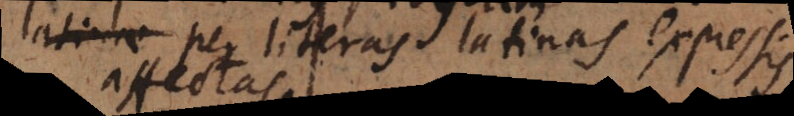
usdam per literas latinas expressis